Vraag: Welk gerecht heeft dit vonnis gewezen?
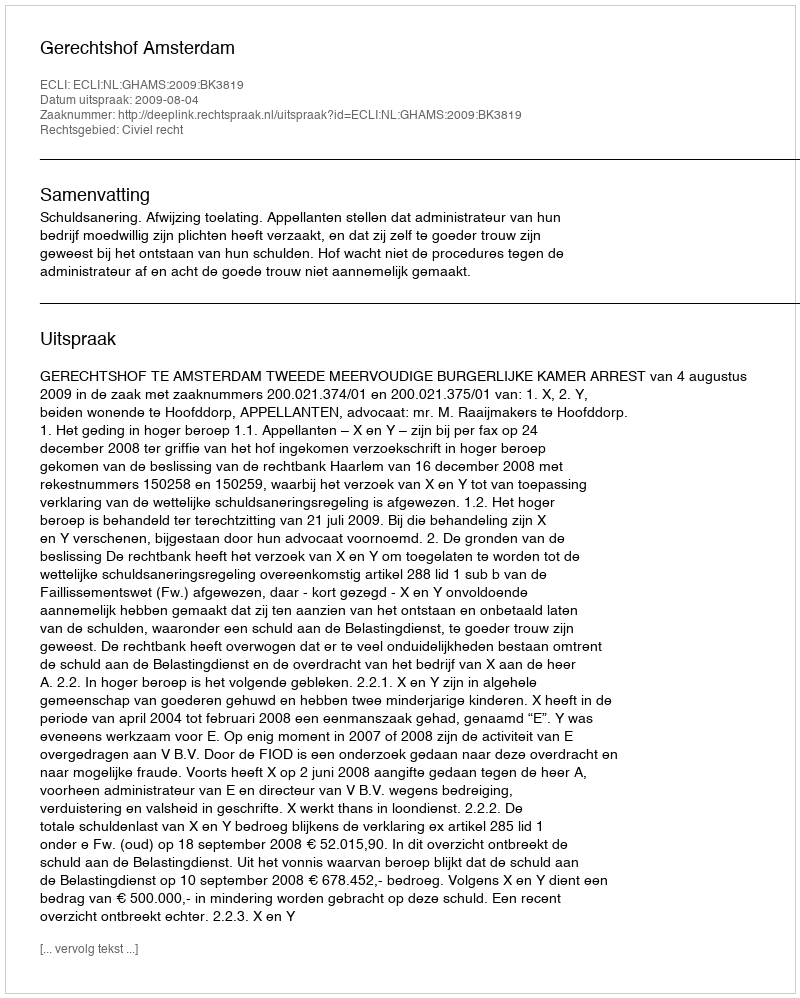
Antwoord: Gerechtshof Amsterdam